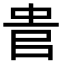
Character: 𠳋